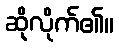
ဆိုလိုက်၏။